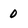
Character: 0